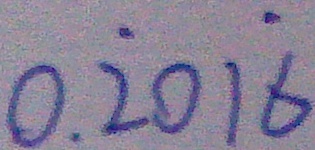
0 . \dot { 2 } 0 1 \dot { 6 }